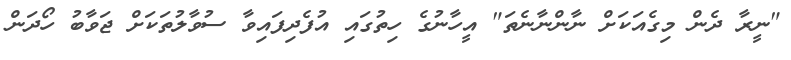
"ނީރާ ދެން މިގެއަކަށް ނާންނާނެތަ" އީހާނުގެ ހިތުގައި އުފެދިފައިވާ ސުވާލުތަކަށް ޖަވާބު ހޯދަން